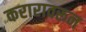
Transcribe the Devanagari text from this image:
करारावरून